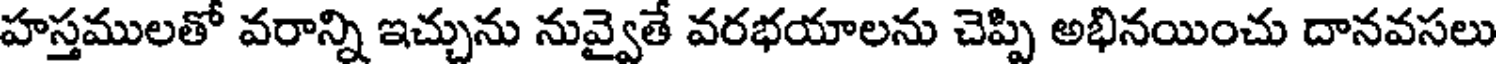
హస్తములతో వరాన్ని ఇచ్చును నువ్వైతే వరభయాలను చెప్పి అభినయించు దానవసలు